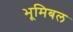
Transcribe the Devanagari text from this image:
भूमिबल